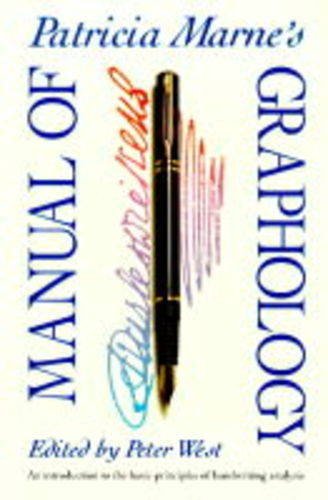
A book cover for Patricia Marne's Manual of Graphology; Patricia Marne; Self-Help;